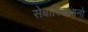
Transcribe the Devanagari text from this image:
सेबास्चिआनो